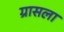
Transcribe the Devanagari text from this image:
ग्रासला